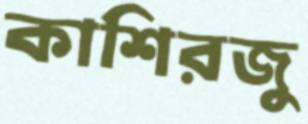
কাশিরজু